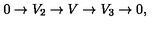
0 \to V _ { 2 } \to V \to V _ { 3 } \to 0 ,